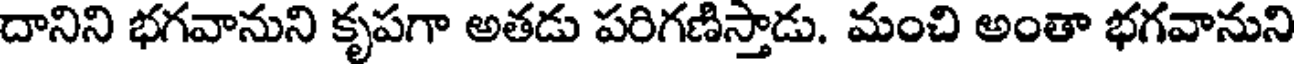
దానిని భగవానుని కృపగా అతడు పరిగణిస్తాడు. మంచి అంతా భగవానుని